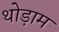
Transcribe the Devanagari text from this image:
थोड़ाम